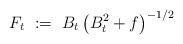
LaTeX: \begin{align*}F_t\ :=\ B_t\,\big(B_t^2+f\big)^{-1/2}\end{align*}